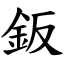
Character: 鈑